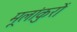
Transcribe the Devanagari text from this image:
मूलांकुरों